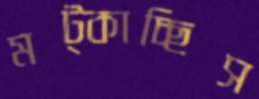
মট্‌কাচ্ছিস